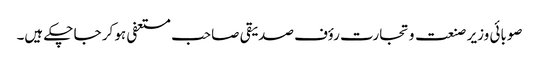
صوبائی وزیر صنعت و تجارت رؤف صدیقی صاحب مستعفی ہو کر جا چکے ہیں۔